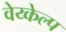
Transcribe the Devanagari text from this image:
वेय्केल्प